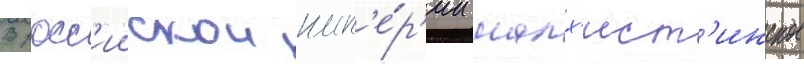
В росс'иискои имп'е́р'ии малх'ист'инское